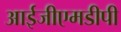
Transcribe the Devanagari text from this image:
आईजीएमडीपी